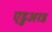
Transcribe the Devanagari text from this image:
एडुअरड